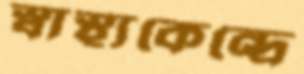
স্বাস্থ্যকেন্দ্রে